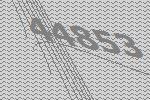
44853